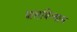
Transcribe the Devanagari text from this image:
घालविल्यास